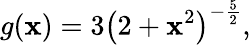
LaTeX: g(\mathbf{x})=3\left(2+\mathbf{x}^{2}\right)^{-{\frac{{5}}{{2}}}},